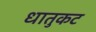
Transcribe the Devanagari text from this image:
धातुकट